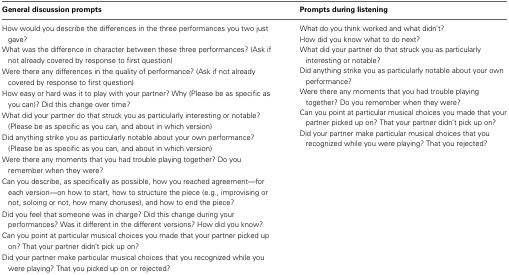
<table><thead><tr><td><b>General discussion prompts</b></td><td><b>Prompts during listening</b></td></tr></thead><tbody><tr><td rowspan="2">How would you describe the differences in the three performances you two just gave?</td><td>What do you think worked and what didn&#x27;t?</td></tr><tr><td>How did you know what to do next?</td></tr><tr><td>What was the difference in character between these three performances? (Ask if not already covered by response to first question)</td><td>What did your partner do that struck you as particularly interesting or notable?</td></tr><tr><td>Were there any differences in the quality of performance? (Ask if not already covered by response to first question)</td><td>Did anything strike you as particularly notable about your own performance?</td></tr><tr><td>How easy or hard was it to play with your partner? Why (Please be as specific as you can)? Did this change over time?</td><td>Were there any moments that you had trouble playing together? Do you remember when they were?</td></tr><tr><td>What did your partner do that struck you as particularly interesting or notable? (Please be as specific as you can, and about in which version)</td><td>Can you point at particular musical choices you made that your partner picked up on? That your partner didn&#x27;t pick up on?</td></tr><tr><td>Did anything strike you as particularly notable about your own performance? (Please be as specific as you can, and about in which version)</td><td>Did your partner make particular musical choices that you recognized while you were playing? That you rejected?</td></tr><tr><td>Were there any moments that you had trouble playing together? Do you remember when they were?</td><td></td></tr><tr><td>Can you describe, as specifically as possible, how you reached agreement—for each version—on how to start, how to structure the piece (e.g., improvising or not, soloing or not, how many choruses), and how to end the piece?</td><td></td></tr><tr><td>Did you feel that someone was in charge? Did this change during your performances? Was it different in the different versions? How did you know?</td><td></td></tr><tr><td>Can you point at particular musical choices you made that your partner picked up on? That your partner didn&#x27;t pick up on?</td><td></td></tr><tr><td>Did your partner make particular musical choices that you recognized while you were playing? That you picked up on or rejected?</td><td></td></tr></tbody></table>